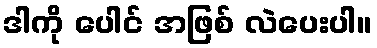
ဒါကို ပေါင် အဖြစ် လဲပေးပါ။